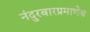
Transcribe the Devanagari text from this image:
नंदुरबारप्रमाणेच